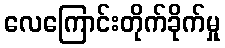
လေကြောင်းတိုက်ခိုက်မှု